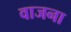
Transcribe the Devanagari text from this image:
वाजना